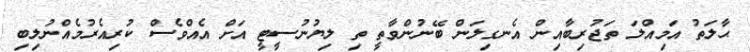
ޙާލަތު އަމިއްލަ ތަޖުރިބާއިން އެނގިލަން ބޭނުންވާތީ ތި ލިޔުނުސީޓީ އަށް އެއްވެސް ކުރިއެރުމެއްނުލިބި